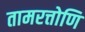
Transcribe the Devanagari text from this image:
तामरत्तोणि